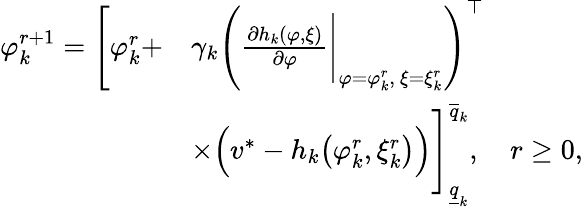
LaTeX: \begin{array}{rl}{\varphi_{k}^{r+1}=\Bigg[\varphi_{k}^{r}+}&{\gamma_{k}\Bigg(\frac{\partial h_{k}(\varphi,\xi)}{\partial\varphi}\Bigg|_{\varphi=\varphi_{k}^{r},~\xi=\xi_{k}^{r}}\Bigg)^{\top}}\\ &{\times\Big(v^{*}-h_{k}\big(\varphi_{k}^{r},\xi_{k}^{r}\big)\Big)\Bigg]_{\underline{{q}}_{k}}^{\overline{{q}}_{k}},\quad r\geq 0,}\end{array}